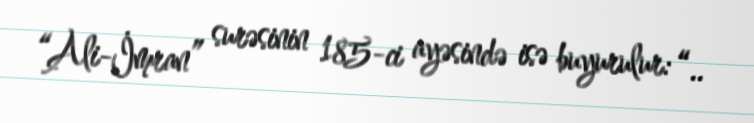
“Ali-İmran” surəsinin 185-ci ayəsində isə buyurulur: “..